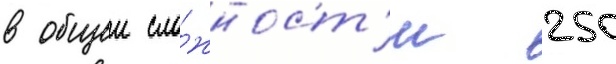
в общеи сло́жност'и 250